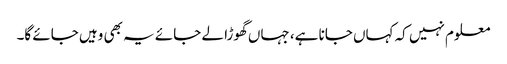
معلوم نہیں کہ کہاں جانا ہے، جہاں گھوڑا لے جائے یہ بھی وہیں جائے گا۔